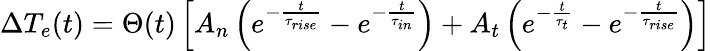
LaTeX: \Delta T_{e}(t)=\Theta(t)\left[A_{n}\left(e^{-\frac{t}{\tau_{rise}}}-e^{-\frac{t}{\tau_{in}}}\right)+A_{t}\left(e^{-\frac{t}{\tau_{t}}}-e^{-\frac{t}{\tau_{rise}}}\right)\right]